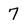
Character: 7